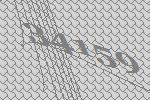
34159